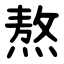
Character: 熬